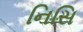
નિસિ